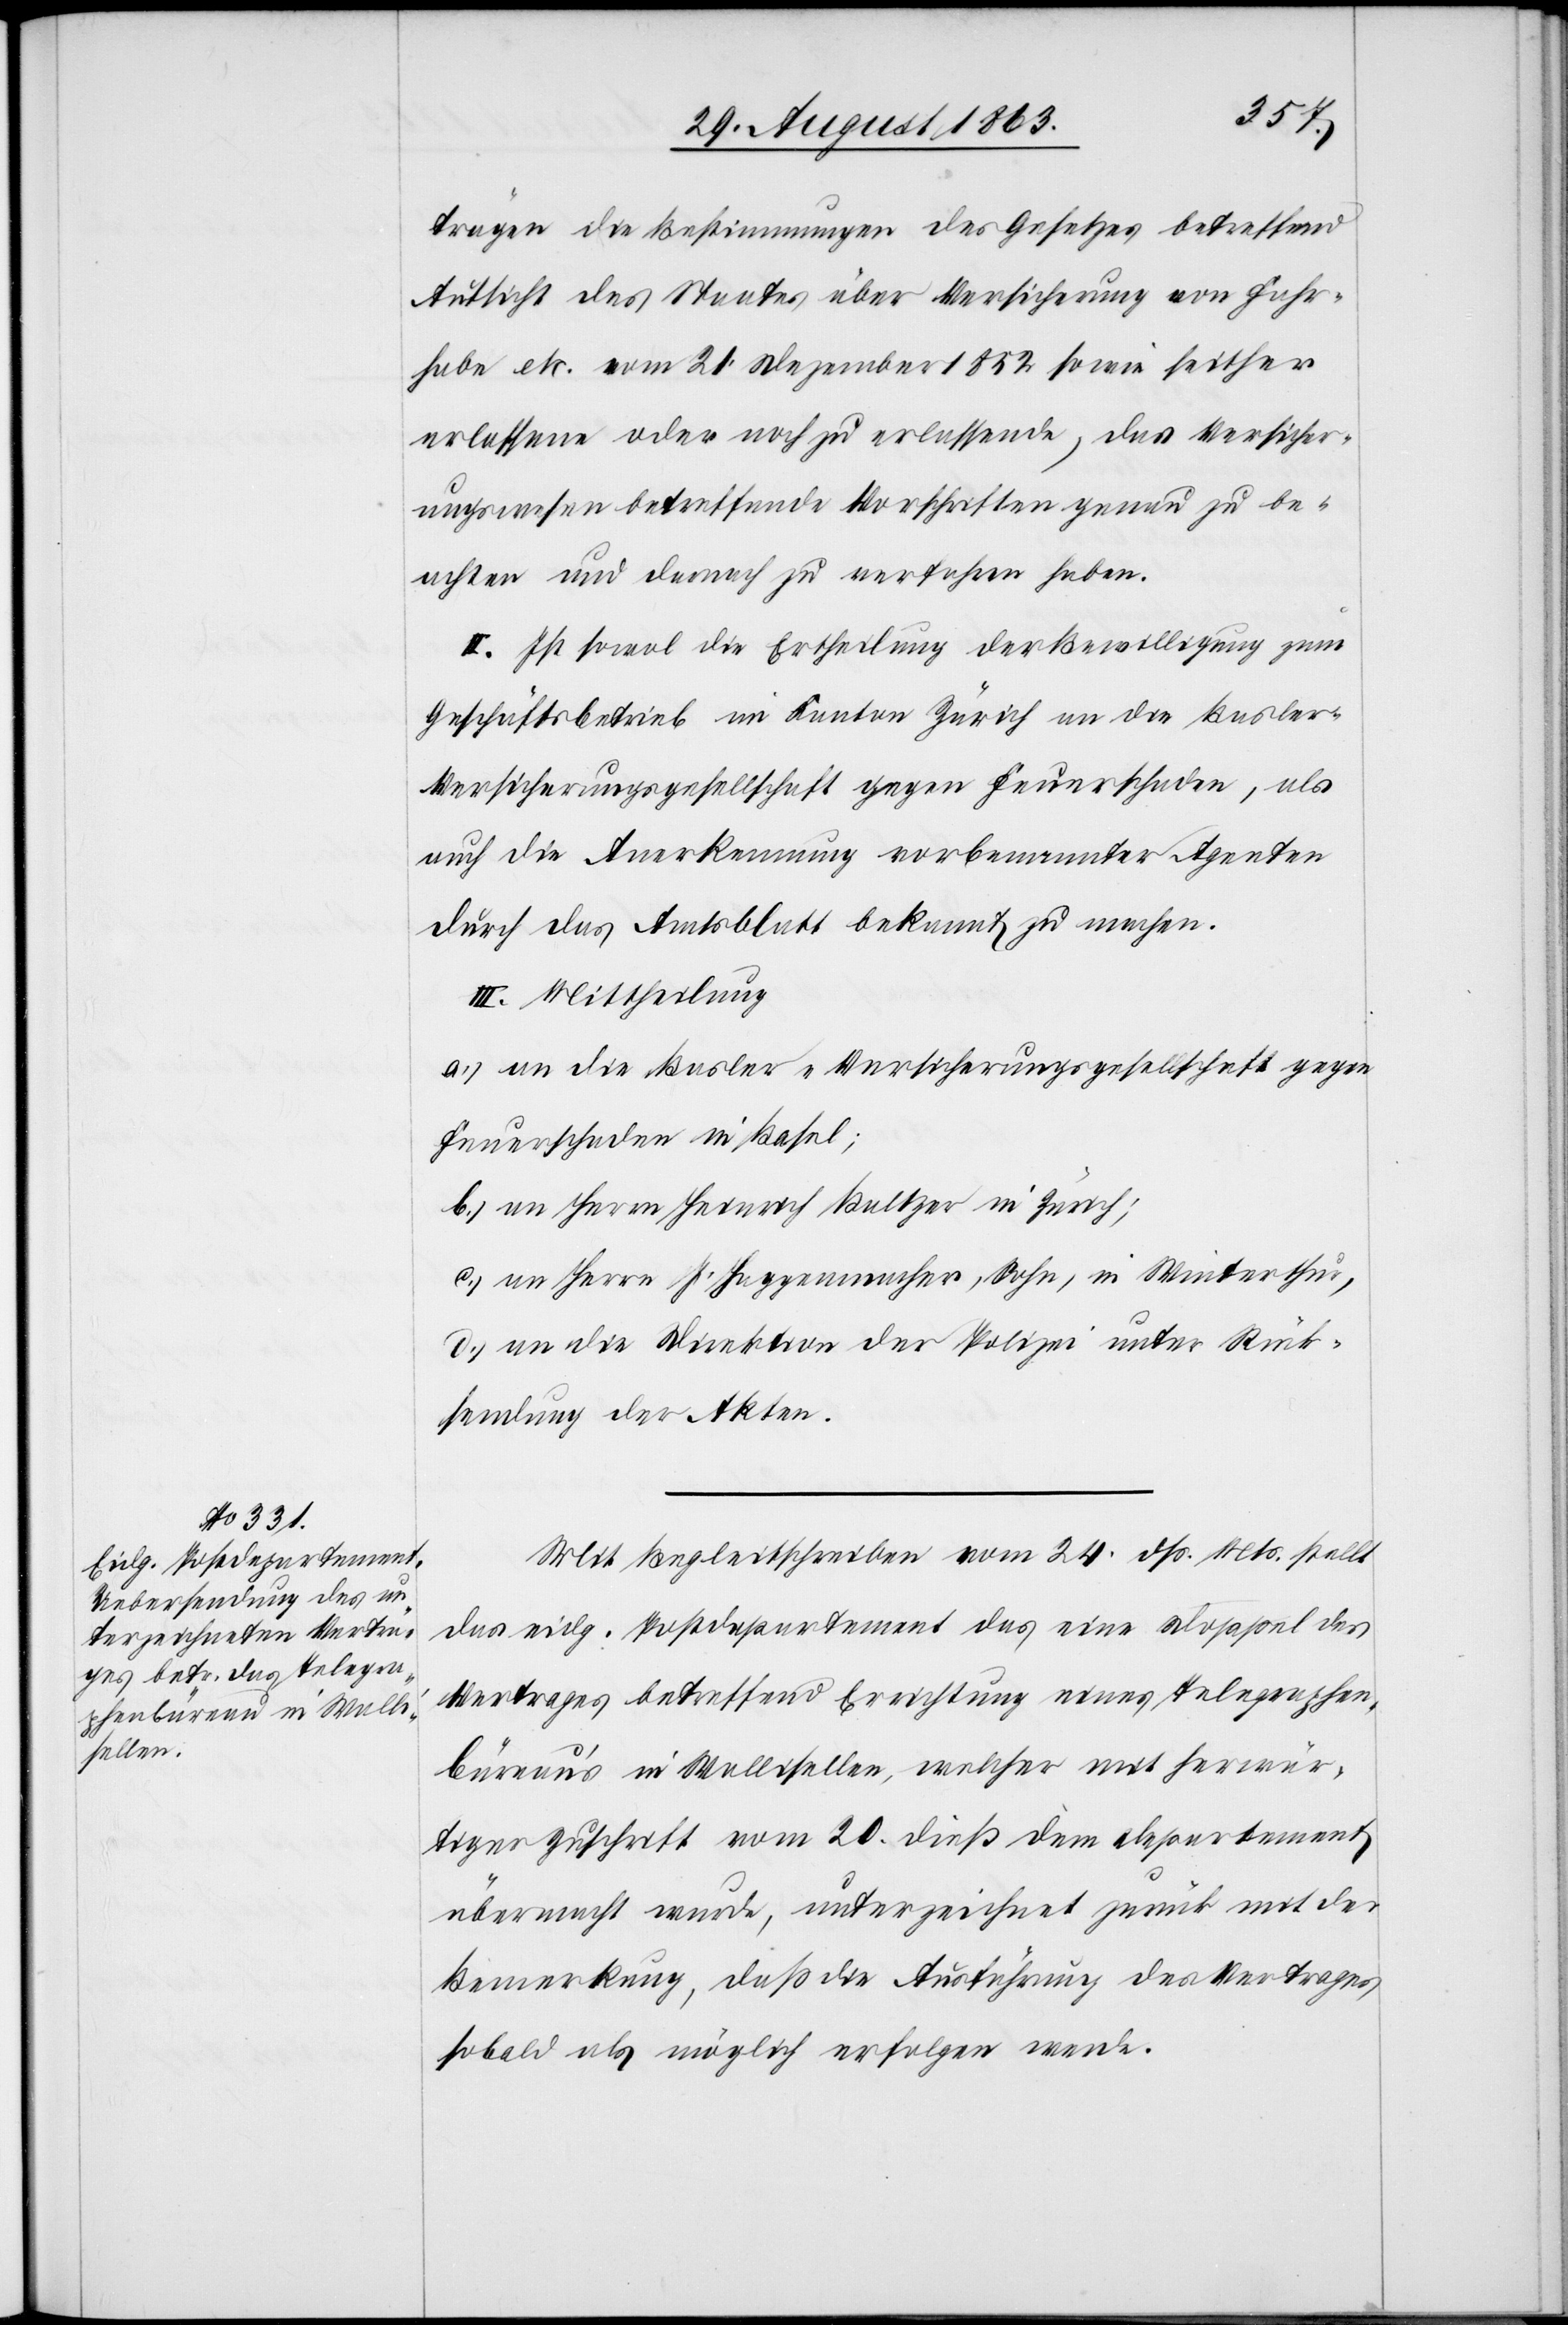
trägen die Bestimmungen des Gesetzes betreffend
Aufsicht des Staates über Versicherung von Fahr¬
habe etc. vom 21. Dezember 1852 sowie seither
erlassene oder noch zu erlassende, das Versicher¬
ungswesen betreffende Vorschriften genau zu be¬
achten und darnach zu verfahren haben.
II. Ist sowohl die Ertheilung der Bewilligung zum
Geschäftsbetrieb im Kanton Zürich an die Basler-V¬
ersicherungsgesellschaft gegen Feuerschaden, als
auch die Anerkennung vorbenannter Agenten
durch das Amtsblatt bekannt zu machen.
III. Mittheilung
a.) an die Basler-Versicherungsgesellschaft gegen
Feuerschaden in Basel;
b.) an Herrn Heinrich Baltzer in Zürich;
c.) an Herrn J. Haggenmacher, Sohn, in Winterthur,
d.) an die Direktion der Polizei unter Rück¬
sendung der Akten.
Mit Begleitschreiben vom 24. dß. Mts. stellt
das eidg. Postdepartement das eine Doppel des
Vertrages betreffend Errichtung eines Telegraphen¬
büreau's in Wallisellen, welcher mit herwär¬
tiger Zuschrift vom 20. dieß dem Departement
übermacht wurde, unterzeichnet zurück mit der
Bemerkung, daß die Ausführung des Vertrages
sobald als möglich erfolgen werde.